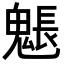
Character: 𩳤